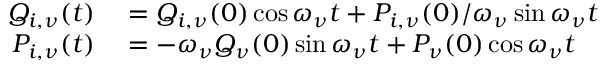
\begin{array} { r l } { Q _ { i , \nu } ( t ) } & { { } = Q _ { i , \nu } ( 0 ) \cos \omega _ { \nu } t + P _ { i , \nu } ( 0 ) / \omega _ { \nu } \sin \omega _ { \nu } t } \\ { P _ { i , \nu } ( t ) } & { { } = - \omega _ { \nu } Q _ { \nu } ( 0 ) \sin \omega _ { \nu } t + P _ { \nu } ( 0 ) \cos \omega _ { \nu } t } \end{array}